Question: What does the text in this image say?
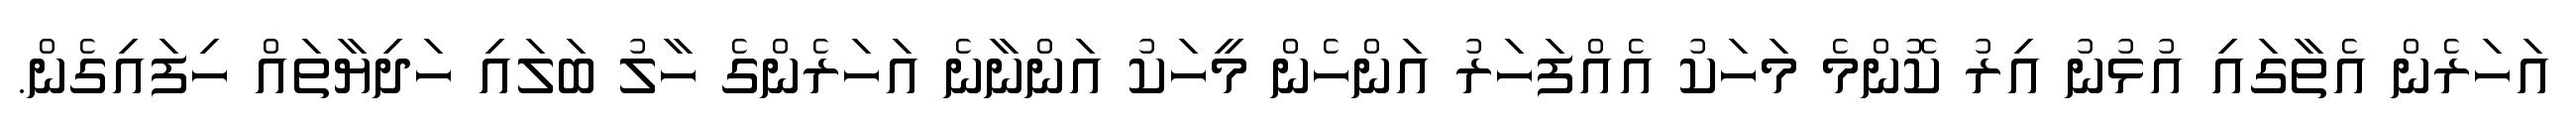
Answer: އަހަރެން އެތާގައި އުޅުނު އިރު ކޮންމެ މަހަކު އެއްފަހަރު އަންހެން މީހަކު އަންނާނެ އަހަރެންގެ ހާލު ބަލައި ހަދިޔާތައް ހިފައިގެން.